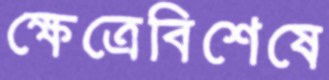
ক্ষেত্রেবিশেষে